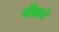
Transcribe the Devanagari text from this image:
पीळचे